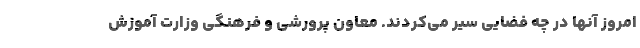
امروز آنها در چه فضایی سیر می‌کردند. معاون پرورشی و فرهنگی وزارت آموزش